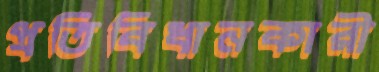
প্রতিবিধানকারী